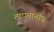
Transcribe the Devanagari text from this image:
तापमानीय